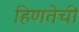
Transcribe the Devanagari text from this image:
हिणतेची